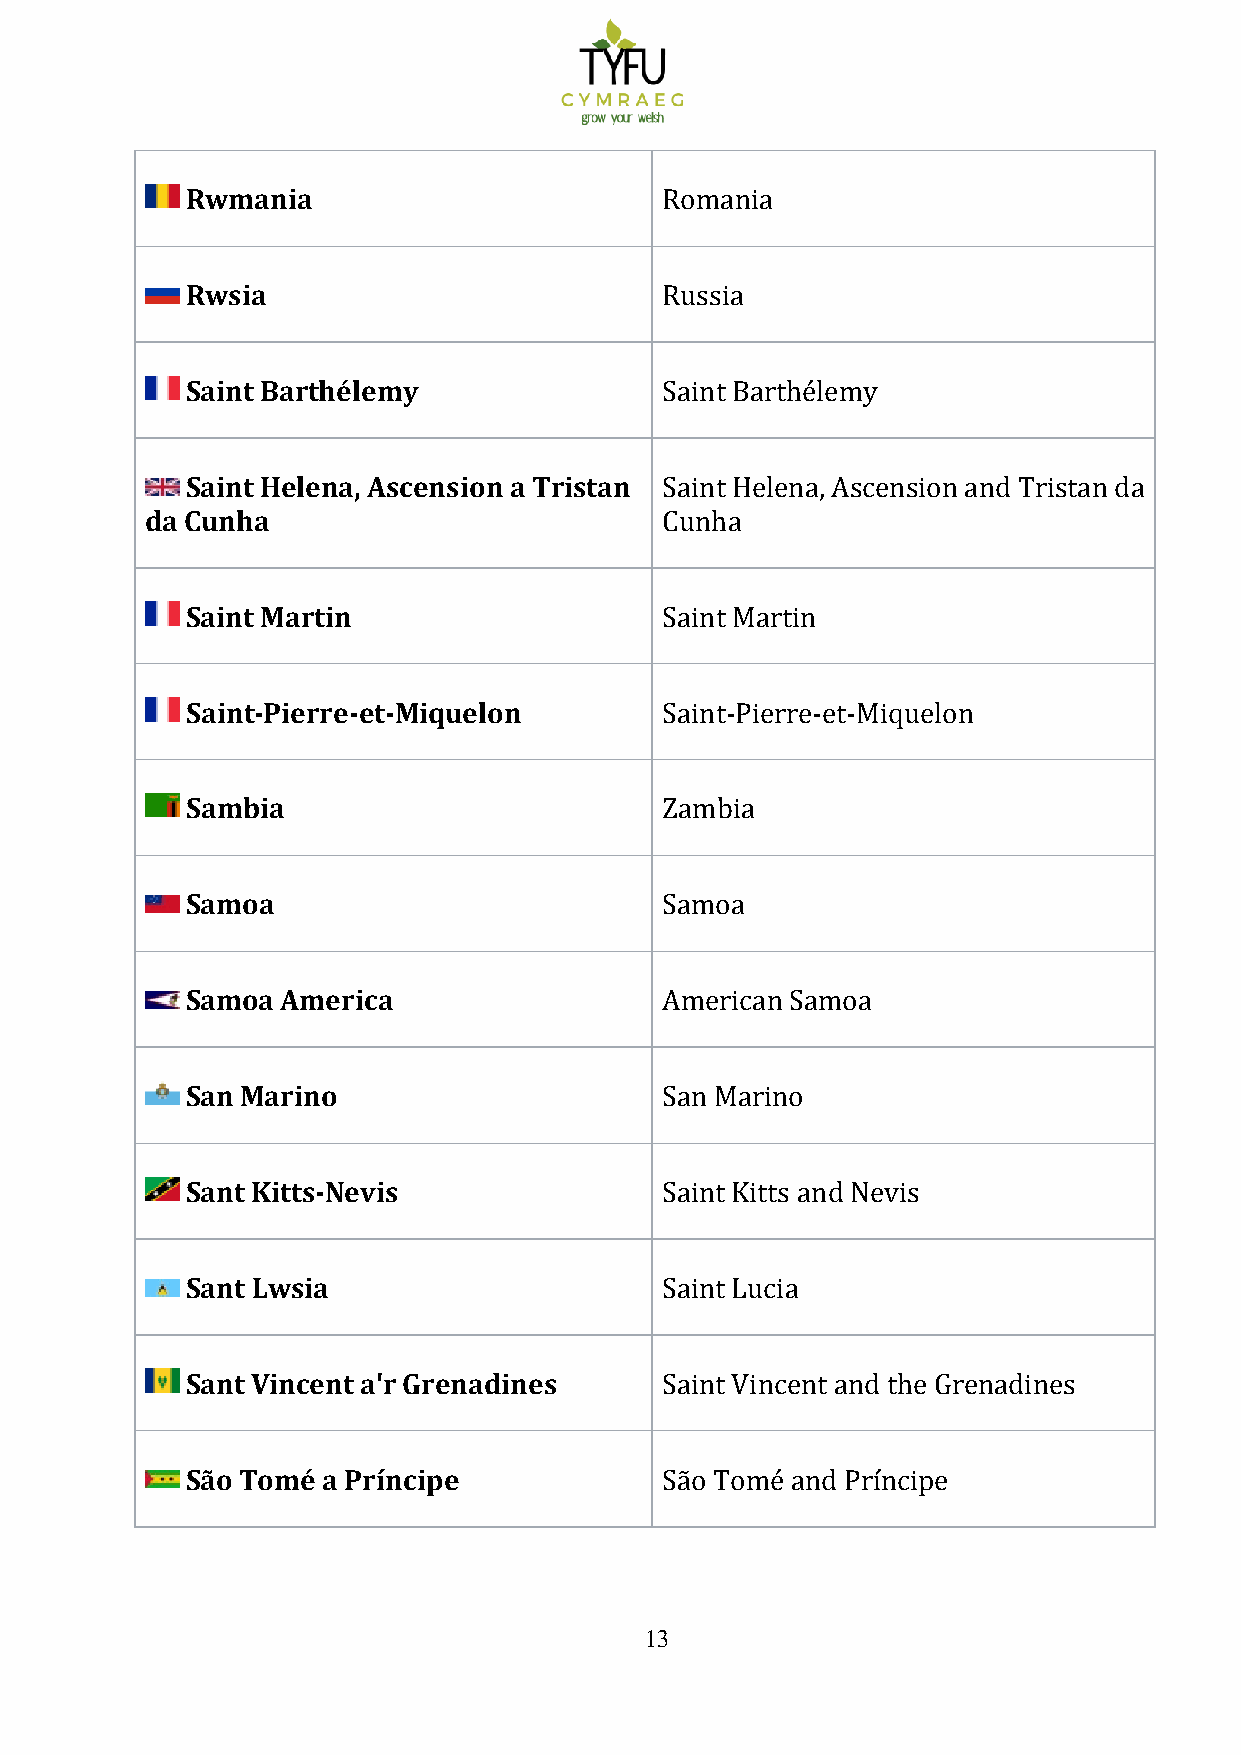
Rwmania
 Romania
 Rwsia
 Russia
 Saint Barthélemy
 Saint Barthélemy
 Saint Helena, Ascension a Tristan
 da Cunha
 Saint Helena, Ascension and Tristan da
 Cunha
 Saint Martin
 Saint Martin
 Saint-Pierre-et-Miquelon
 Saint-Pierre-et-Miquelon
 Sambia
 Zambia
 Samoa
 Samoa
 Samoa  America
 American Samoa
 San Marino
 San Marino
 Sant Kitts-Nevis
 Saint Kitts and Nevis
 Sant Lwsia
 Saint Lucia
 Sant Vincent a'r Grenadines
 Saint Vincent and the Grenadines
 São Tomé a Príncipe
 São Tomé and Príncipe
 13